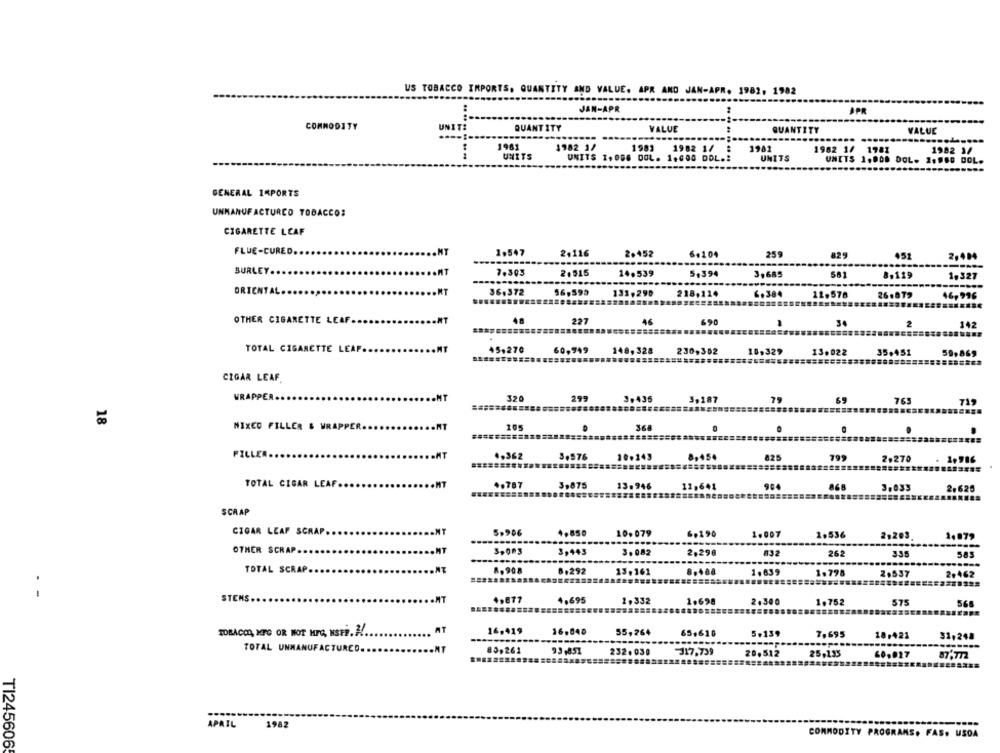
US TOBACCO IMPORTS, QUANTITY AND VALUE. APR AND JAN-APR. 1982, 1982
JAN-APR
COMMODITY
UNITI
QUANT ITY
VALUE
QUANT
VALUE
1961
1982 11
1983
1982 1/
1981
1982 1/ 1981
1982 3/
UNITS
UNITS 1,068 DOL. 1.000 DOL .:
UNITS
UNITS 1.000 DOL. 2.960 DOL.
GENERAL IMPORTS
UNMANUFACTURCO TOBACCO:
CIGARETTE LEAF
FLUE-CURED ....
NT
1.547
2,116
2.452
6.104
259
829
451
2,484
-----
BURLEY.
2.515
14.539
7.305
5,394
3,685
5A1
8.119
1,327
...
ORIENTAL.
36,372
131,290
6,30€
12.578
26.879
46,916
OTHER CIGARETTE LEAF.
48
227
46
690
34
2
TOTAL CIGARETTE LEAF
MT
45,270
60,949
148,328
230,302
10,329
13.022
35.451
59,869
CIGAR LEAF
WRAPPER ...
MT
320
299
3.435
3,187
765
719
18
MIXED FILLER & WRAPPER.
105
368
FILL
362
10.143
8,454
825
799
2,270
1,986
3,875
TOTAL CIGAR LEAF
9.4
86A
3.033
2.625
SCRAP
CIGAR LEAF SCRAP ..
.MT
5.906
4.850
10.079
6,190
1.007
2,536
2,203
1.079
.....
OTHER SCRAP ......
3,443
3.082
2,290
032
262
335
585
TOTAL SCRAP ...
8. 908
8,292
13.161
1.839
1.798
2,537
2.462
STENS ..
4.695
2.332
1.698
2.300
1.752
575
TOBACCO, MFC OR NOT HFC, NSFE. A !.
AT
16,419
16.048
55,264
65,616
5.139
7.695
------
18.421
31,248
TOTAL UNMANUFACTURED. .
83,261
93,851
232.030
J17,739
20. 512
25,133
60,027
87,772
===
APRIL
1982
COMMODITY PROGRAMS, FAS. USDA
TI245606